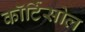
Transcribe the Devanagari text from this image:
कॉर्टिसोल